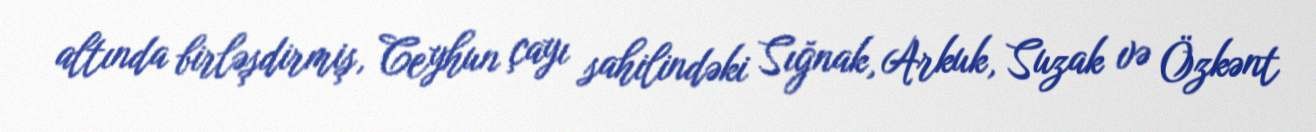
altında birləşdirmiş, Ceyhun çayı sahilindəki Sığnak, Arkuk, Suzak və Özkənt